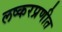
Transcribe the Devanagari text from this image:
लष्करप्रणीत